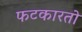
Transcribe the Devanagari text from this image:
फटकारतो